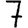
Digit: 7